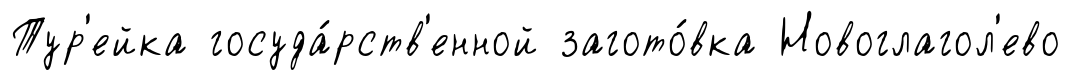
Тур'ейка госуда́рств'енной загото́вка Новоглагол'ево